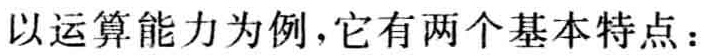
以运算能力为例，它有两个基本特点：